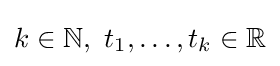
k\in \mathbb {N} ,\ t_{1},\dots ,t_{k}\in \mathbb {R}